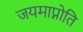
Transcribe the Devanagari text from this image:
जयमाप्नोति